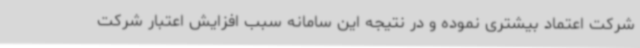
شرکت اعتماد بیشتری نموده و در نتیجه این سامانه سبب افزایش اعتبار شرکت